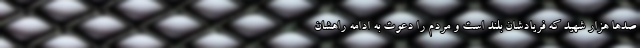
صدها هزار شهید که فریادشان بلند است و مردم را دعوت به ادامه راهشان